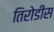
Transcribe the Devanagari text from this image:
तिरोडीस